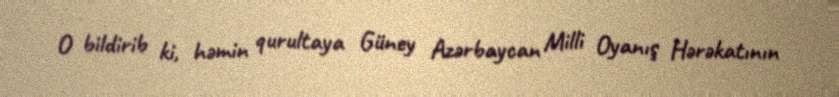
O bildirib ki, həmin qurultaya Güney Azərbaycan Milli Oyanış Hərəkatının